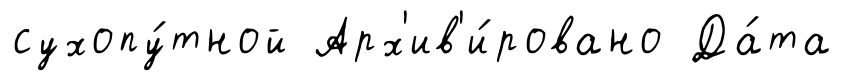
сухопу́тной Арх'ив'и́ровано Да́та